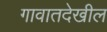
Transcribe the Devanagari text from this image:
गावातदेखील